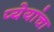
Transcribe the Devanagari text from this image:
प्येयांचा